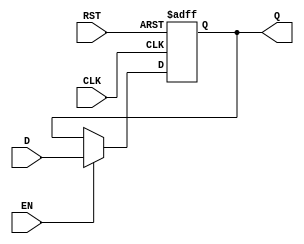
module barrier_register #(
    parameter WIDTH = 8  // Parameter to define the width of the register
)(
    input  wire [WIDTH-1:0] D,   // Data inputs
    input  wire EN,               // Enable signal
    input  wire CLK,              // Clock signal
    input  wire RST,              // Asynchronous reset signal
    output reg  [WIDTH-1:0] Q     // Data outputs
);

    // Asynchronous reset or synchronous operation based on enable and clock
    always @(posedge CLK or posedge RST) begin
        if (RST) begin
            // When reset is high, clear the output
            Q <= {WIDTH{1'b0}};  // Set Q to zero
        end else if (EN) begin
            // If Enable is high, latch the input data on the clock edge
            Q <= D;
        end
        // If EN is low, Q retains its value (no action required)
    end

endmodule